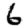
Digit: 6